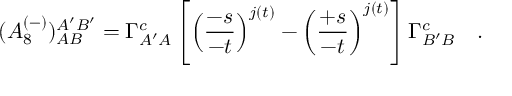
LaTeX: ( { \cal A } _ { 8 } ^ { ( - ) } ) _ { A B } ^ { A ^ { \prime } B ^ { \prime } } = \Gamma _ { A ^ { \prime } A } ^ { c } \left[ \left( \frac { - s } { - t } \right) ^ { j ( t ) } - \left( \frac { + s } { - t } \right) ^ { j ( t ) } \right] \Gamma _ { B ^ { \prime } B \mathrm { ~ \ \ } } ^ { c } .